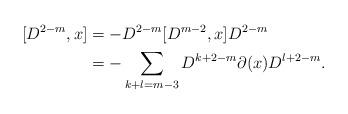
LaTeX: \begin{align*} [D^{2-m},x] &= -D^{2-m}[D^{m-2},x]D^{2-m}\\ &= -\sum_{k+l=m-3} D^{k+2-m}\partial(x)D^{l+2-m}. \end{align*}